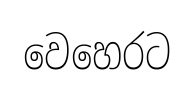
වෙහෙරට